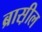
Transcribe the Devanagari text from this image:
ब्रास़ील